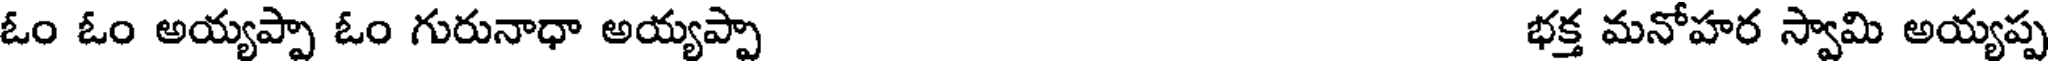
ఓం ఓం అయ్యప్పా ఓం గురునాధా అయ్యప్పా భక్త మనోహర స్వామి అయ్యప్ప